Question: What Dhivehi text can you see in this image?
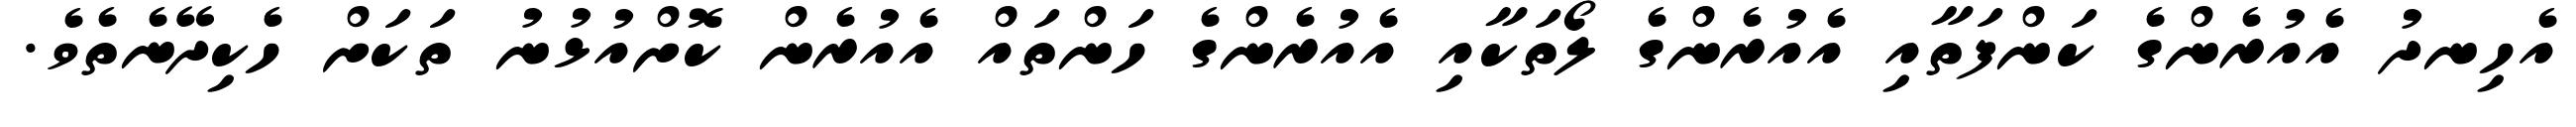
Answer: އެހިނދު އެއުރެންގެ ކަންފަތާއި އެއުރެންގެ ލޯތަކާއި އެއުރެންގެ ހަންތައް އެއުރެން ކޮށްއުޅުނު ތަކަށް ހެކިދޭނެތެވެ.